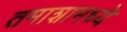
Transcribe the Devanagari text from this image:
तमाशामध्ये